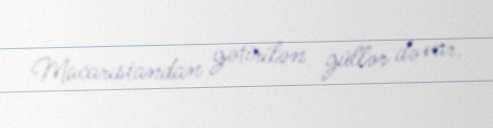
Macarıstandan gətirilən güllər də var.